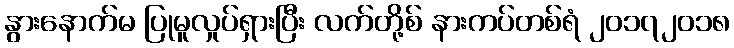
နွားနောက်မ ပြုမူလှုပ်ရှားပြီး လက်တို့စ် နားကပ်တစ်ရံ ၂၀၁၇၂၀၁၈